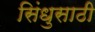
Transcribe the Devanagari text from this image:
सिंधुसाठी